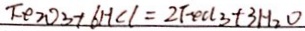
F e _ { 2 } O _ { 3 } + 6 H C l = 2 F e C l _ { 3 } + 3 H _ { 2 } O